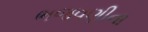
ભજવણીના